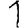
Digit: 1